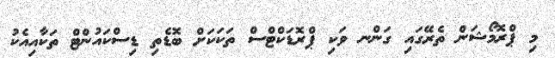
މި ޕްރޮމޯޝަން ތެރޭގައި ގަންނ ވަކި ޕްރޮޑަކްޓްސް ތަކަކަށް ބޮޑެތި ޑިސްކައުންޓް ތަަކާއިއެކު